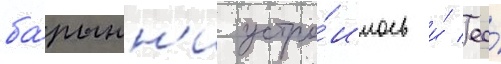
ба́рышн'и устро́илось и́ ео́